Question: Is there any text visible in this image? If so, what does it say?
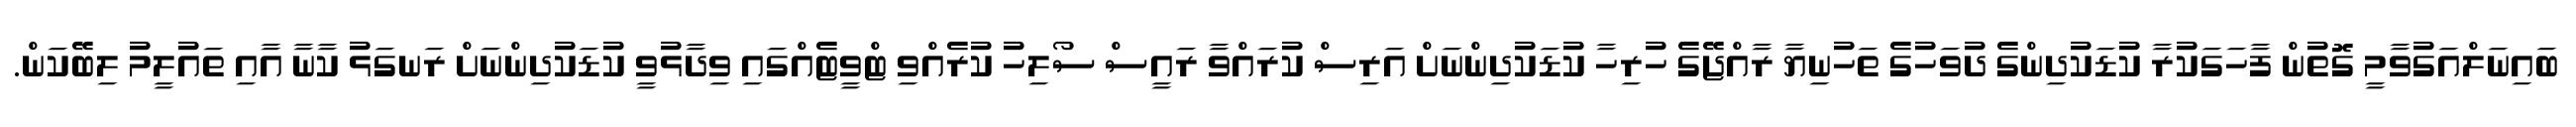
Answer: ބައިނަލްއަގުވާމީ ގޮތުން ފާހަގަކުރާ ކުޑަކުދިންގެ ދުވަހުގެ ތަހުނިޔާ ރާއްޖޭގެ ހުރިހާ ކުޑަކުދިންނަށް އަރިސް ކުރައްވާ ރައީސް ސޯލިހު ކުރެއްވި ޓްވީޓެއްގައި ވިދާޅުވީ ކުޑަކުދިންނަށް ރަނގަޅު ކާނާ އާއި ތައުލީމު ލިބޭކަން.